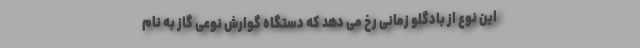
این نوع از بادگلو زمانی رخ می دهد که دستگاه گوارش نوعی گاز به نام